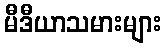
မီဒီယာသမားများ